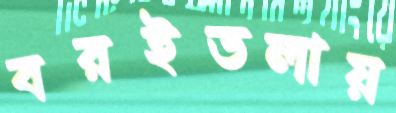
বরইতলায়